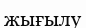
жығылу